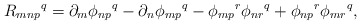
\begin{align*} R_{mnp}{}^q = \partial_m \phi_{np}{}^q - \partial_n \phi_{mp}{}^q - \phi_{mp}{}^r \phi_{nr}{}^q + \phi_{np}{}^r \phi_{mr}{}^q,\end{align*}